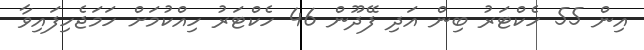
އިން 55 ހެކްޓަރު ބިން އަދި ފޭދޫން 46 ހެކްޓަރު ހިއްކުމަށް ހަމަޖެހިފައިވާ